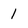
Character: 1